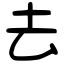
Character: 去